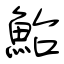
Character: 鮐